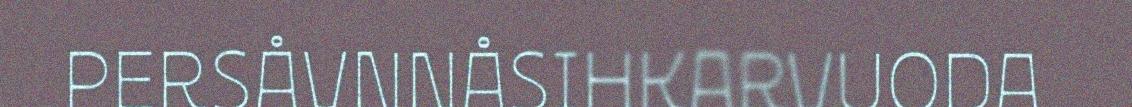
PERSÅVNNÅSIHKARVUODA